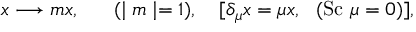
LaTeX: x \longrightarrow m x , ~ ~ ~ ~ ~ ( \mid m \mid = 1 ) , ~ ~ ~ [ \delta _ { \mu } x = \mu x , ~ ~ ( \mathrm { S c } ~ \mu = 0 ) ] ,